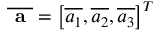
\overline { { \textbf { a } } } = \left[ \overline { { a _ { 1 } } } , \overline { { a _ { 2 } } } , \overline { { a _ { 3 } } } \right] ^ { T }